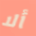
ألا